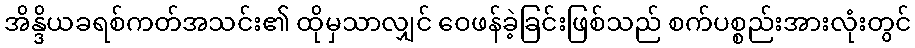
အိန္ဒိယခရစ်ကတ်အသင်း၏ ထိုမှသာလျှင် ဝေဖန်ခဲ့ခြင်းဖြစ်သည် စက်ပစ္စည်းအားလုံးတွင်